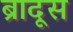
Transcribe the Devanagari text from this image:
ब्रादूस